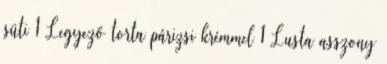
süti 1 Legyező torta párizsi krémmel 1 Lusta asszony